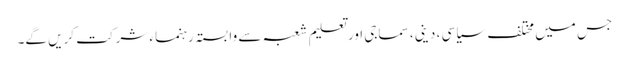
جس میں مختلف سیاسی ، دینی، سماجی اور تعلیم شعبہ سے وابستہ رہنماء شرکت کریں گے۔